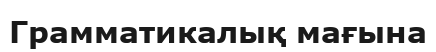
Грамматикалық мағына